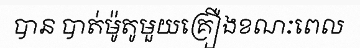
បាន បាត់ម៉ូតូមួយគ្រឿងខណៈពេល